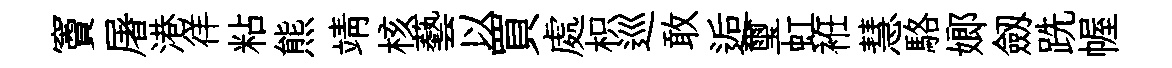
竇屠港徉粘熊靖核藝以買處枳巡敢逅璽虹袵慧駱嫏劔跣幄